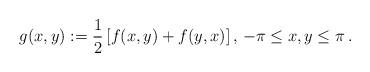
LaTeX: \begin{align*} g(x,y):=\frac12\left[f(x,y)+f(y,x)\right],\,-\pi\le x,y\le\pi\,.\end{align*}